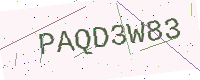
Text: PAQD3W83